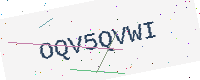
Text: OQV5QVWI